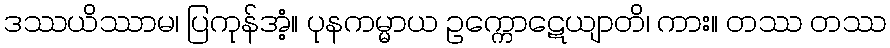
ဒဿယိဿာမ၊ ပြကုန်အံ့။ ပုနကမ္မာယ ဥက္ကောဋေယျာတိ၊ ကား။ တဿ တဿ